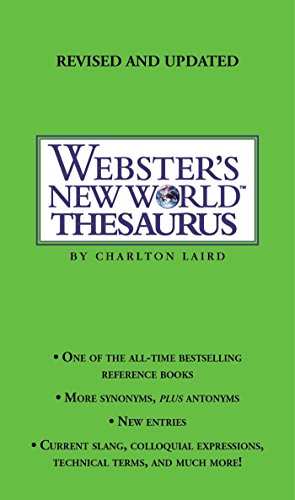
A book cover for Webster's New World Thesaurus: Third Edition; Webster's New World; Reference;